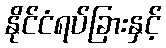
နိုင်ငံရပ်ခြားနှင့်